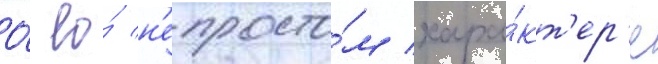
О́ ео́ н'епросто́м хара́кт'ер'е